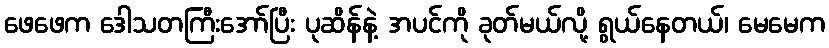
ဖေဖေက ဒေါသတကြီးအော်ပြီး ပုဆိန်နဲ့ အပင်ကို ခုတ်မယ်လို့ ရွယ်နေတယ်၊ မေမေက